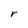
Character: r